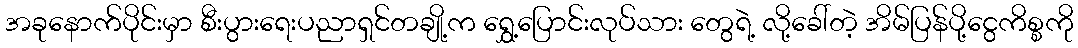
အခုနောက်ပိုင်းမှာ စီးပွားရေးပညာရှင်တချို့က ရွှေ့ပြောင်းလုပ်သား တွေရဲ့ လို့ခေါ်တဲ့ အိမ်ပြန်ပို့ငွေကိစ္စကို